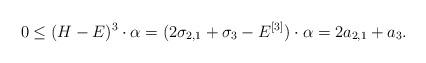
LaTeX: \begin{align*}0 \leq (H-E)^3 \cdot \alpha = (2 \sigma_{2,1} + \sigma_3 - E^{[3]})\cdot \alpha = 2a_{2,1} + a_3.\end{align*}